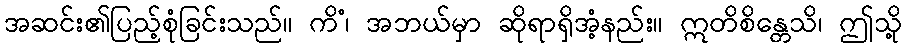
အဆင်း၏ပြည့်စုံခြင်းသည်။ ကိံ၊ အဘယ်မှာ ဆိုရာရှိအံ့နည်း။ ဣတိစိန္တေသိ၊ ဤသို့